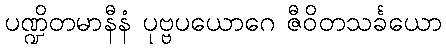
ပဏ္ဍိတမာနီနံ ပုဗ္ဗပယောဂေ ဇီဝိတသင်္ခယော